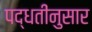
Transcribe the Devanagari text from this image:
पद्धतींनुसार